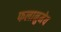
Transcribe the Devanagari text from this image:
फलानुमेय